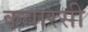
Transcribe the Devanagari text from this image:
कवारसी